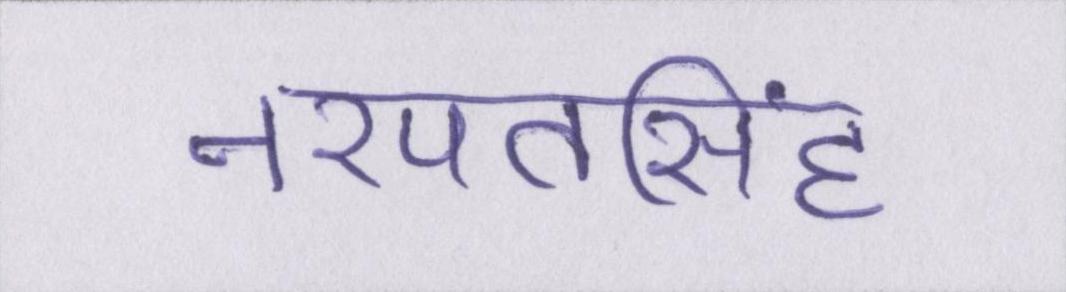
नरपतसिंह